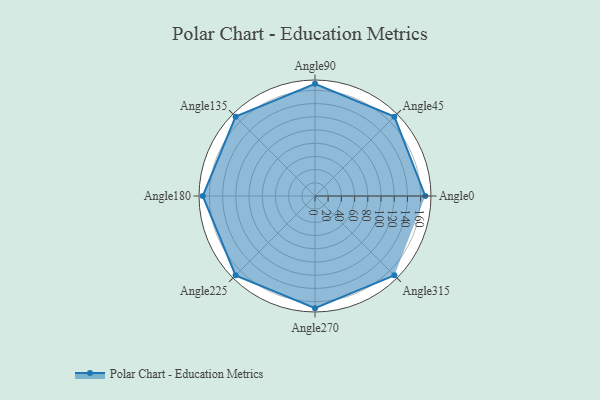
{"axis": {"x": "Angle", "y": "Radius"}, "legend": [""], "data": [{"x": "Angle0", "y": 167.0, "type": ""}, {"x": "Angle45", "y": 170, "type": ""}, {"x": "Angle90", "y": 170, "type": ""}, {"x": "Angle135", "y": 170, "type": ""}, {"x": "Angle180", "y": 170, "type": ""}, {"x": "Angle225", "y": 170, "type": ""}, {"x": "Angle270", "y": 170, "type": ""}, {"x": "Angle315", "y": 170, "type": ""}]}